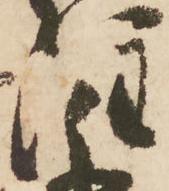
注